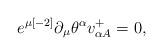
LaTeX: \begin{align*}e^{\mu { [-2]}}\partial _{\mu }\theta ^{\alpha }v^{{ +}}_{\alpha { A}} = 0 ,\end{align*}